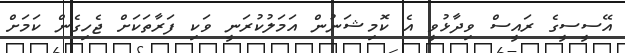
އޭސީސީގެ ރައީސް ވިދާޅުވީ އެ ކޮމިޝަނުން އަމަލުކުރަނީ ވަކި ފަރާތަކަށް ޖެހިގެން ކަމަށް